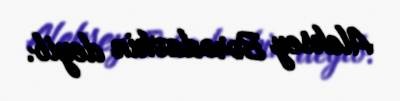
Aleksey Borodavkin deyib.